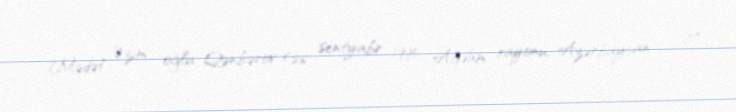
Mədət Əzim oğlu Qənbərov (26 sentyabr 1995; Ağdam rayonu, Azərbaycan — 17